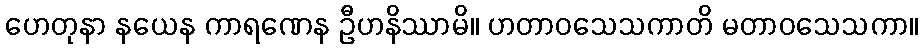
ဟေတုနာ နယေန ကာရဏေန ဦဟနိဿာမိ။ ဟတာဝသေသကာတိ မတာဝသေသကာ။